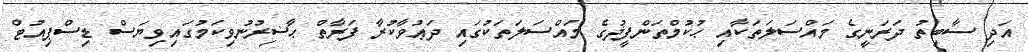
އަދި ސާބިތު ދަރަނީގެ މައްސަލަތަކާއި ޙުކުމްތަންފީޛުގެ މައްސަލަތަކުގައި ދަޢުވާކުރާ ފަރާތް ޙާޟިރުނުވިކަމުގައިވިޔަސް ޑިސްޕިއުޓް